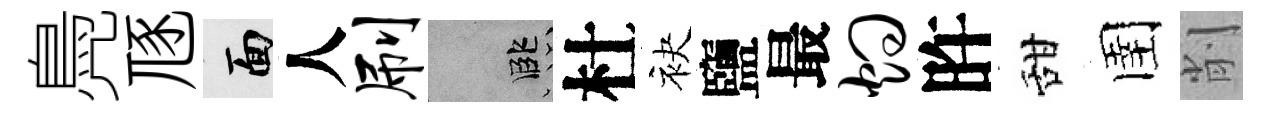
鳧豗面人刷孟杜袂鹽最灼旿甜圉削